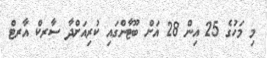
މި މަހުގެ 25 އިން 28 އަށް ބޫޓާންގައި ކުރިއަށްދާ ސާރކް އާރޓް